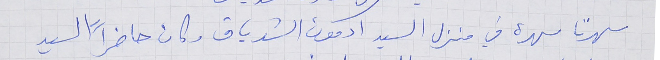
سهرنا سهرة في منزل السيد ادمون الشدياق وكان حاضراً السيد